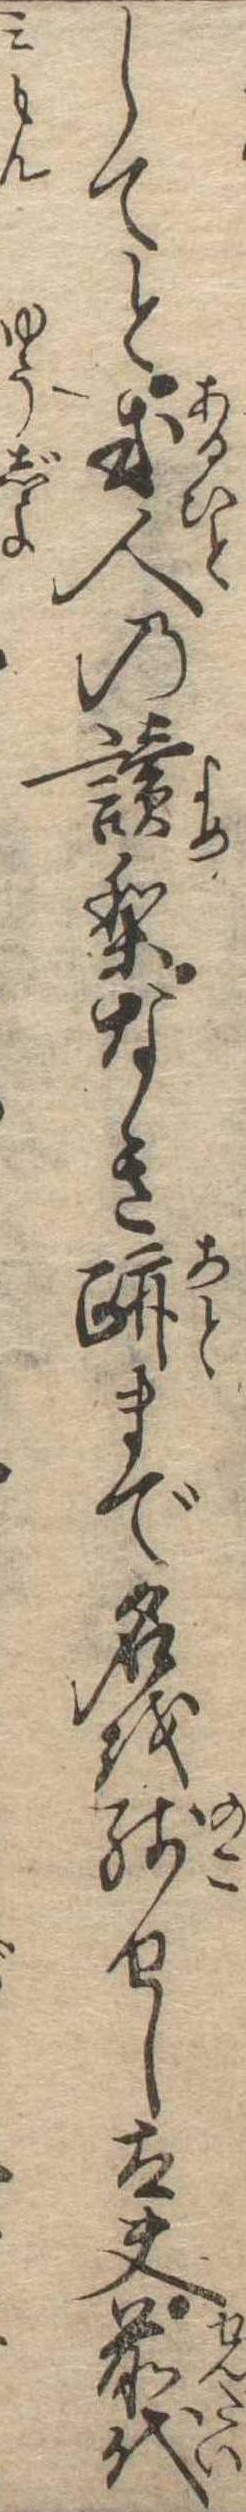
してと或人の読りなき跡まで名を残せし太夫前代